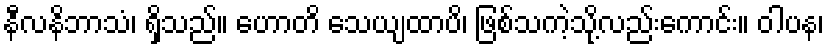
နီလနိဘာသံ၊ ရှိသည်။ ဟောတိ သေယျထာပိ၊ ဖြစ်သကဲ့သို့လည်းကောင်း။ ဝါပန၊